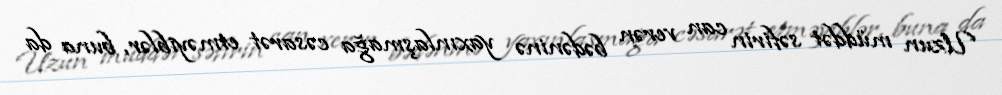
Uzun müddət səfirin can verən bədəninə yaxınlaşmağa cəsarət etməyiblər, buna da